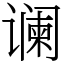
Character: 谰